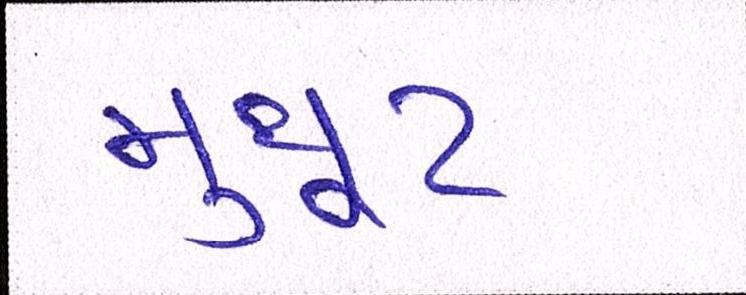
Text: મુથૂટ